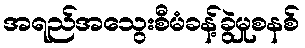
အရည်အသွေးစီမံခန့်ခွဲမှုစနစ်